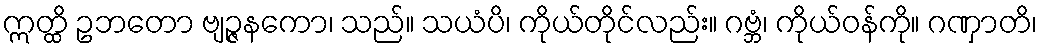
ဣတ္ထိ ဥဘတော ဗျဉ္ဇနကော၊ သည်။ သယံပိ၊ ကိုယ်တိုင်လည်း။ ဂဗ္ဘံ၊ ကိုယ်ဝန်ကို။ ဂဏှာတိ၊